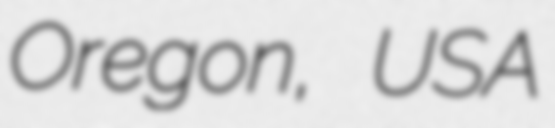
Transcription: Oregon, USA